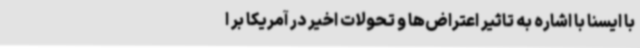
با ایسنا با اشاره به تاثیر اعتراض‌ها و تحولات اخیر در آمریکا بر ا